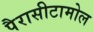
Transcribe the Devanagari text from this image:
पैरासीटामोल